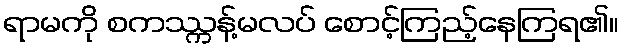
ရာမကို စကဿ္ကန့်မလပ် စောင့်ကြည့်နေကြရ၏။